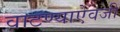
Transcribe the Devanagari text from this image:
वाटण्याऐवजी